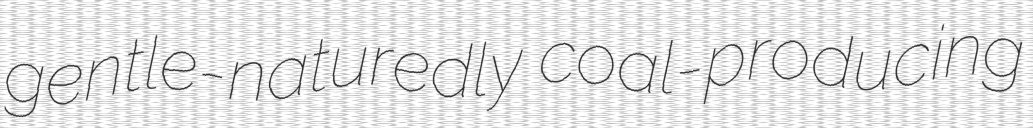
gentle-naturedly coal-producing